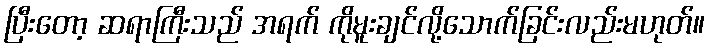
ပြီးတော့ ဆရာကြီးသည် အရက် ကိုမူးချင်လို့သောက်ခြင်းလည်းမဟုတ်။